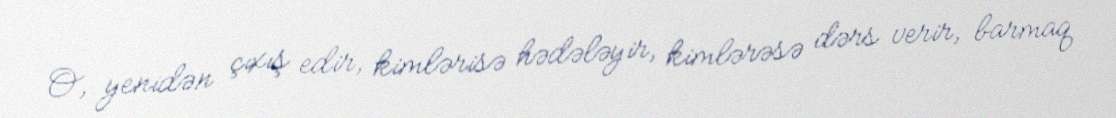
O, yenidən çıxış edir, kimlərisə hədələyir, kimlərəsə dərs verir, barmaq